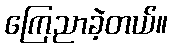
ကြေညာခဲ့တယ်။